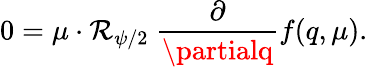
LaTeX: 0=\mu\cdot\mathcal{R}_{\psi/2}\ {\frac{{\partial}}{{\partialq}}}f(q,\mu).